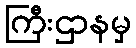
ကြီးဌာနမှ